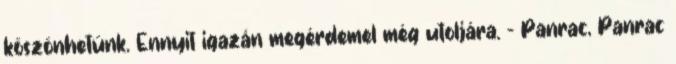
köszönhetünk. Ennyit igazán megérdemel még utoljára. - Panrac, Panrac